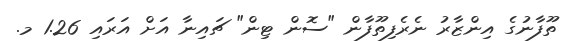
ތޫފާނުގެ އިންޒާރު ނެރެފިތޫފާން "ސޮން ޓިން" ޗައިނާ އަށް އަރައި 1.26 މ.